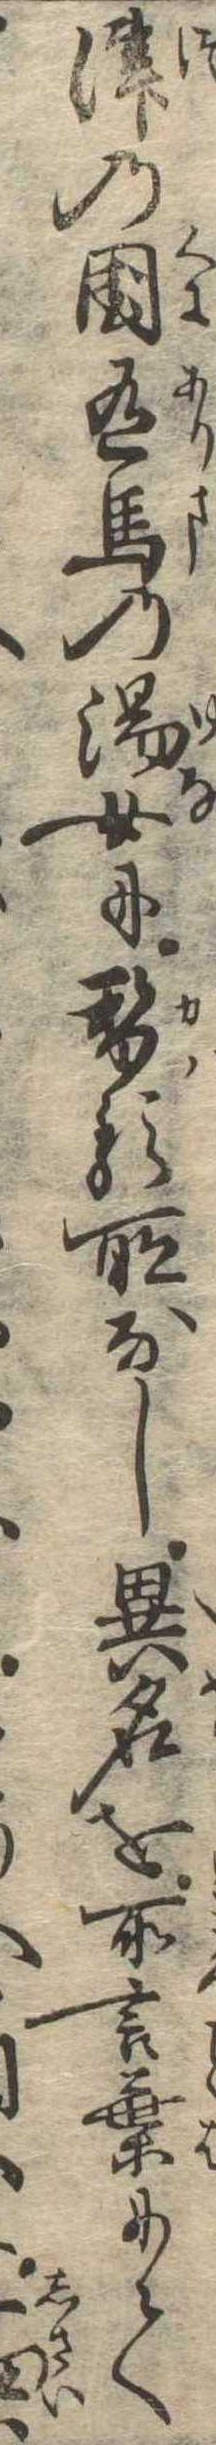
津の国有馬の湯女に替る所なし異名を所言葉にては